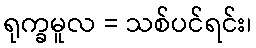
ရုက္ခမူလ = သစ်ပင်ရင်း၊